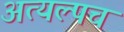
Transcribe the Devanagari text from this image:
अत्यल्पच